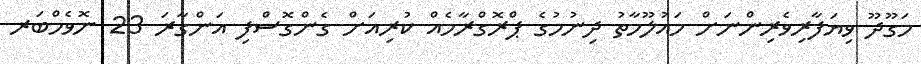
މަގޫދޫ ވިޔަފާރިވެރިންނަށް މައުލޫމާތު ދިނުމުގެ ޕްރޮގްރާމެއް ކުރިއަށް ގެންގޮސްފި އަންގާރަ 23 ނޮވެމްބަރ